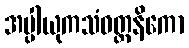
အပ္ပါယုကသံဝတ္တနိကော